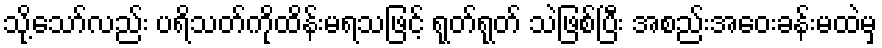
သို့သော်လည်း ပရိသတ်ကိုထိန်းမရသဖြင့် ရုတ်ရုတ် သဲဖြစ်ပြီး အစည်းအဝေးခန်းမထဲမှ